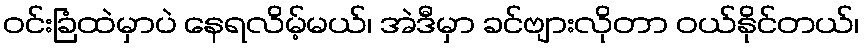
ဝင်းခြံထဲမှာပဲ နေရလိမ့်မယ်၊ အဲဒီမှာ ခင်ဗျားလိုတာ ဝယ်နိုင်တယ်၊